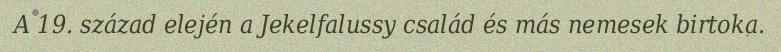
A 19. század elején a Jekelfalussy család és más nemesek birtoka.